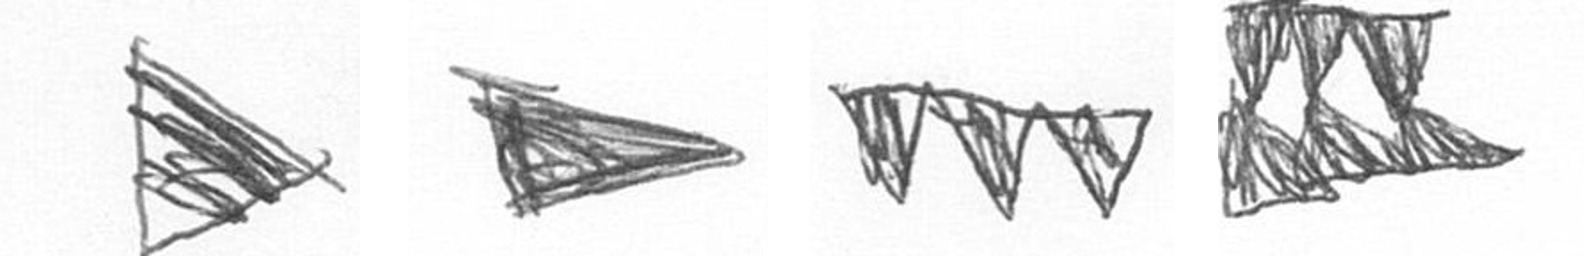
T T L D